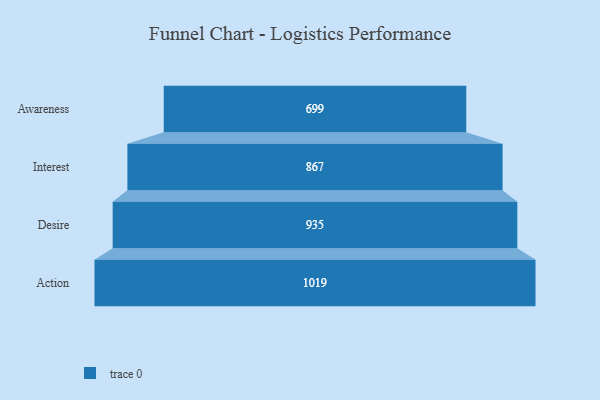
{"axis": {"x": "Stage", "y": "Value"}, "legend": [""], "data": [{"x": "Awareness", "y": 699.0, "type": ""}, {"x": "Interest", "y": 867.0, "type": ""}, {"x": "Desire", "y": 935.0, "type": ""}, {"x": "Action", "y": 1019.0, "type": ""}]}